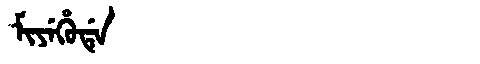
Manchu: ᠮᡳᠶᡝᡥᡠᡩᡝ
Romanization: MIYEHUDE